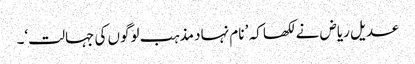
عدیل ریاض نے لکھا کہ ’ نام نہاد مذہب لوگوں کی جہالت‘۔